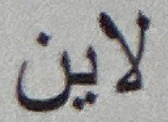
لاین